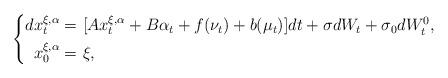
LaTeX: \begin{align*} \left\{ \begin{aligned}dx_t^{\xi,\alpha}=&~[Ax_t^{\xi,\alpha}+B\alpha_t+f(\nu_t)+b(\mu_t)]dt+\sigma dW_t+\sigma_0dW^0_t,\\ x_0^{\xi,\alpha}=&~\xi, \end{aligned} \right. \end{align*}